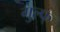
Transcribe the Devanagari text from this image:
गुल्फ्